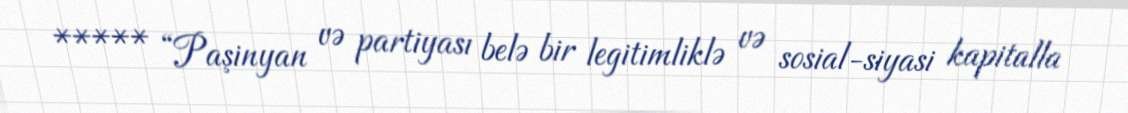
***** “Paşinyan və partiyası belə bir legitimliklə və sosial-siyasi kapitalla